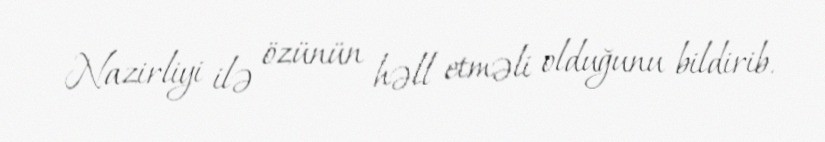
Nazirliyi ilə özünün həll etməli olduğunu bildirib.